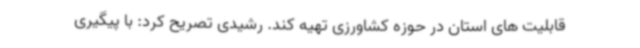
قابلیت های استان در حوزه کشاورزی تهیه کند. رشیدی تصریح کرد: با پیگیری